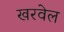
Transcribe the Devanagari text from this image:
खरवेल